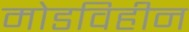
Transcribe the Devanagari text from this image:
मोडविहीन